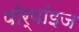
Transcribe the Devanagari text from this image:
पॉर्पॉइज